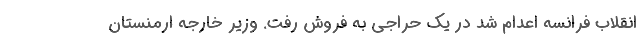
انقلاب فرانسه اعدام شد در یک حراجی به فروش رفت. وزیر خارجه ارمنستان